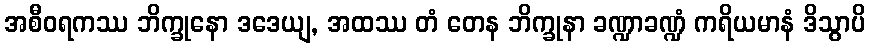
အစီဝရကဿ ဘိက္ခုနော ဒဒေယျ, အထဿ တံ တေန ဘိက္ခုနာ ခဏ္ဍာခဏ္ဍံ ကရိယမာနံ ဒိသွာပိ